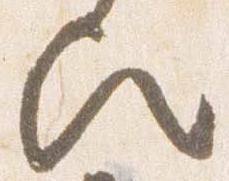
歟